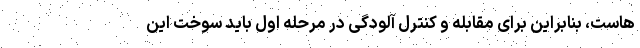
هاست، بنابراین برای مقابله و کنترل آلودگی در مرحله اول باید سوخت این